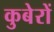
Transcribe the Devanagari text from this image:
कुबेरों